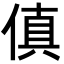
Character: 傎